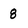
Character: 8